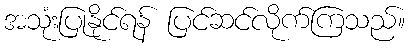
အသုံးပြုနိုင်ရန် ပြင်ဆင်လိုက်ကြသည်။